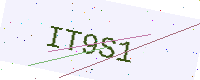
Text: IT9S1